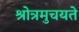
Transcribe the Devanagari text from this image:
श्रोत्रमुचयते